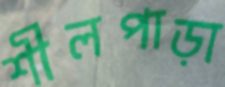
শীলপাড়া